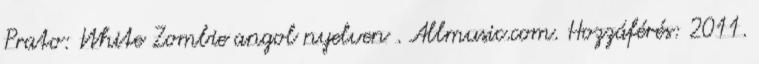
Prato: White Zombie angol nyelven . Allmusic.com. Hozzáférés: 2011.